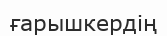
ғарышкердің